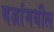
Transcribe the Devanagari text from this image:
यज्ञांमधील